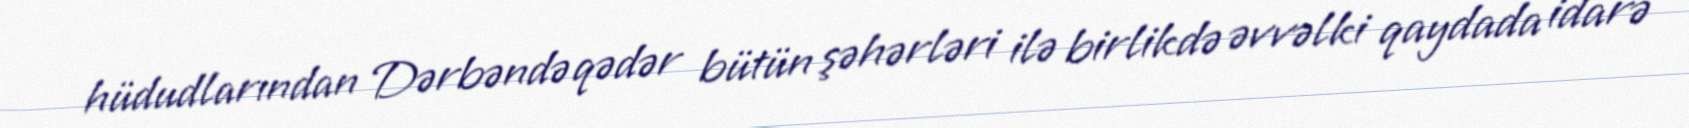
hüdudlarından Dərbəndə qədər bütün şəhərləri ilə birlikdə əvvəlki qaydada idarə